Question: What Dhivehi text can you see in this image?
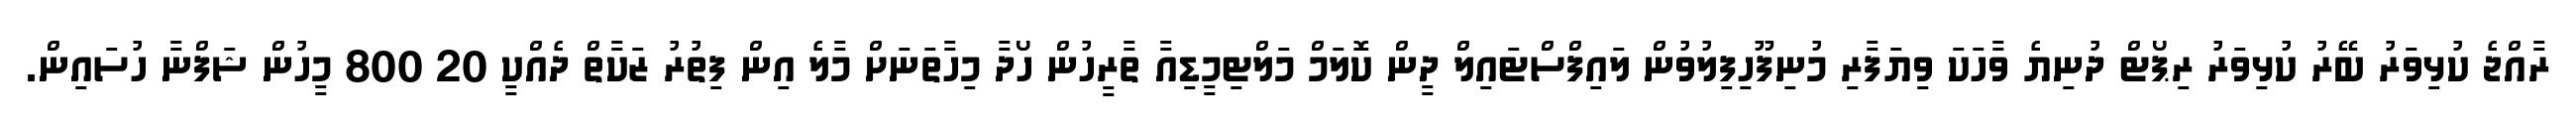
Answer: ރާއްޖެ ކުޅިވަރު ބޭރު ކުޅިވަރު ރިޕޯޓް ދުނިޔެ ވާހަކަ ވިޔަފާރި މުނިފޫހިފިލުވުން ލައިފްސްޓައިލް ދީން ކޮލަމް މަލްޓިމީޑިއާ ތާރީހުން ހޯދާ މިހާތަނަށް މާލެ އިން ފިތުރު ޒަކާތް ދެއްކީ 20 800 މީހުން ޝަފްނާ ހުސައިން.